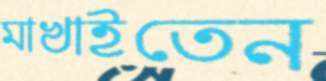
মাখাইতেন